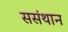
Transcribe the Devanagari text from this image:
ससंथान